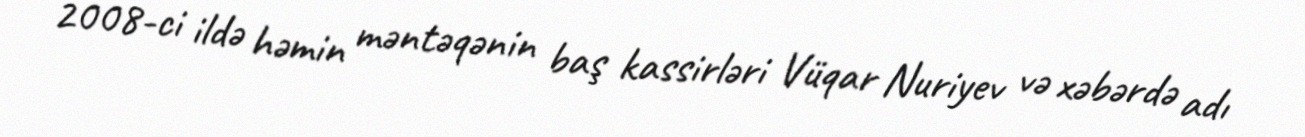
2008-ci ildə həmin məntəqənin baş kassirləri Vüqar Nuriyev və xəbərdə adı